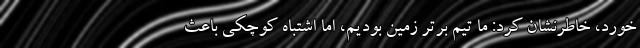
خورد، خاطرنشان کرد: ما تیم برتر زمین بودیم، اما اشتباه کوچکی باعث